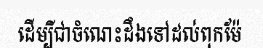
ដើម្បីជាចំណេះដឹងទៅដល់ពុកម៉ែ